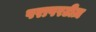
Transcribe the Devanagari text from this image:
परापरटीज़